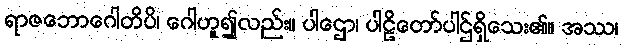
ရာဇဘောဂေါတိပိ၊ ဂေါဟူ၍လည်း။ ပါဌော၊ ပါဠိတော်ပါဌ်ရှိသေး၏။ အဿ၊